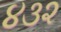
૪૩૨